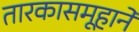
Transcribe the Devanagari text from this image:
तारकासमूहाने